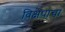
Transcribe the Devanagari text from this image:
विक्षेपाचा